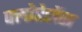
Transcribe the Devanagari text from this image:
फ्लोरेसेंस